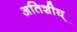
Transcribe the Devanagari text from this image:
अतिशीघ्